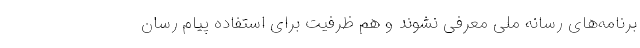
برنامه‌های رسانه ملی معرفی نشوند و هم ظرفیت برای استفاده پیام رسان